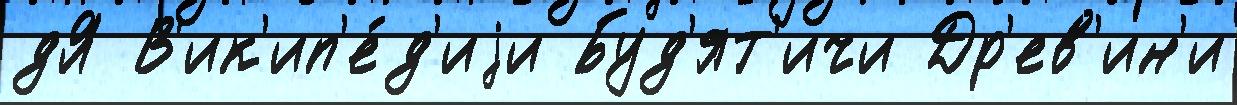
дЯ В'ик'ип'е́д'иjи Буд'ят'ичи Др'ев'ин'и